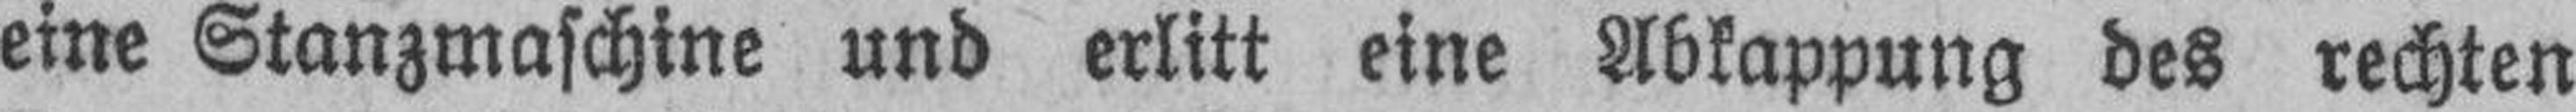
eine Stanzmaschine und erlitt eine Abkappung des rechten